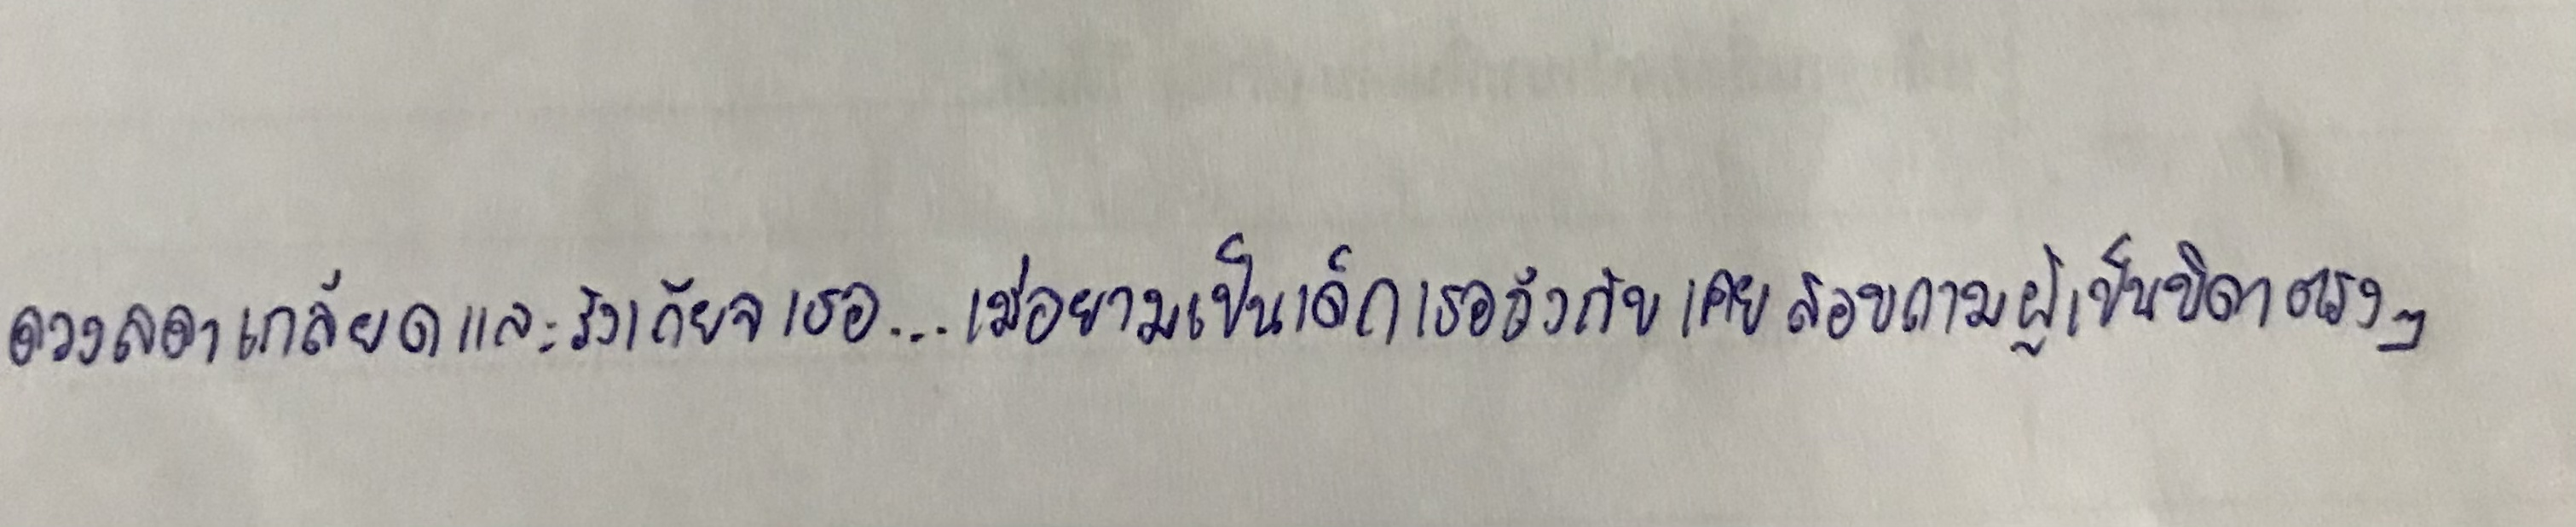
ดวงลดาเกลียดและรังเกียจเธอ...เมื่อยามเป็นเด็กเธอถึงกับเคยสอบถามผู้เป็นบิดาตรงๆ